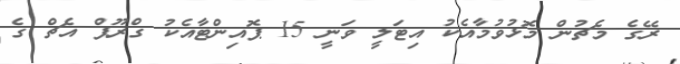
ރޭގެ މެޗުން މޮޅުވުމާއެކު އިޓަލީ ވަނީ 15 ޕޮއިންޓާއެކު ގްރޫޕް އެޗް ގެ